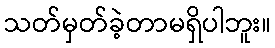
သတ်မှတ်ခဲ့တာမရှိပါဘူး။